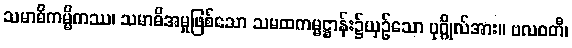
သမာဓိကမ္မိကဿ၊ သမာဓိအမှုဖြစ်သော သမထကမ္မဋ္ဌာန်း၌ယှဉ်သော ပုဂ္ဂိုလ်အား။ ဗလဝတီ၊